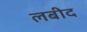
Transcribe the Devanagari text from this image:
लबीद